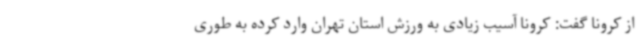
از کرونا گفت: کرونا آسیب زیادی به ورزش استان تهران وارد کرده به طوری